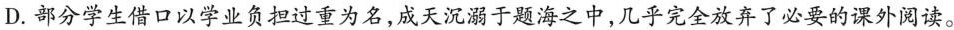
D.部分学生借口以学业负担过重为名，成天沉溺于题海之中，几乎完全放弃了必要的课外阅读。